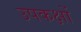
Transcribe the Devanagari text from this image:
उपकक्षों